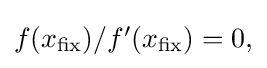
{\textstyle f(x_{\text{fix}})/f'(x_{\text{fix}})=0,}